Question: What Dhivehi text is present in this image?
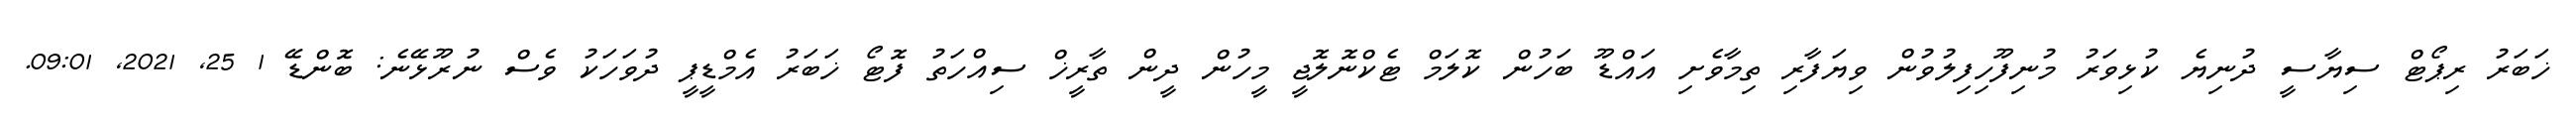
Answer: ޚަބަރު ރިޕޯޓް ސިޔާސީ ދުނިޔެ ކުޅިވަރު މުނިފޫހިފިލުވުން ވިޔަފާރި ތިމާވެށި އައްޑޫ ބަހުން ކޮލަމް ޓެކްނޮލޮޖީ މީހުން ދީން ތާރީޚް ސިއްހަތު ފޮޓޯ ޚަބަރު އެމްޑީޕީ ދުވަހަކު ވެސް ނުރޫޅޭނެ: ބޮންޑޭ 1 25, 2021, 09:01.